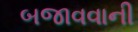
બજાવવાની